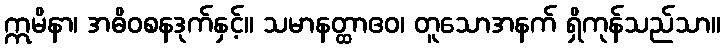
ဣမိနာ၊ အဓိဝစနဒုက်နှင့်။ သမာနတ္ထာဧဝ၊ တူသောအနက် ရှိကုန်သည်သာ။